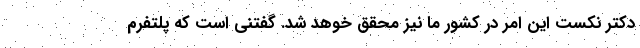
دکتر نکست این امر در کشور ما نیز محقق خوهد شد. گفتنی است که پلتفرم